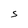
Character: S